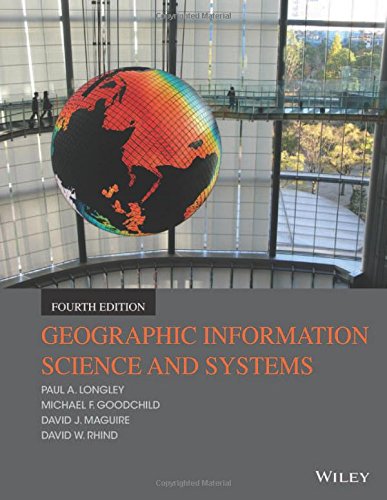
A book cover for Geographic Information Science and Systems; Paul A. Longley; Engineering & Transportation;